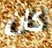
كان